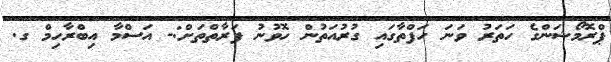
ޕްރޮމޯޝަންގެ ހަތަރު ވަނަ ހަފްތާގައި ގުރުއަތުން ހޮވުނު ފަރާތްތަށް:- އަސްމާ އިބްރާހިމް ގ.